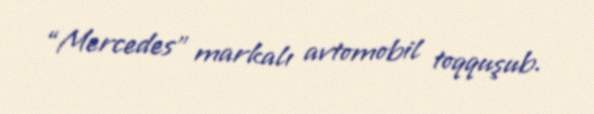
“Mercedes” markalı avtomobil toqquşub.